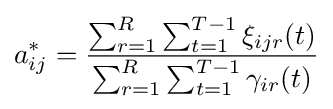
a_{ij}^{*}={\frac {\sum _{r=1}^{R}\sum _{t=1}^{T-1}\xi _{ijr}(t)}{\sum _{r=1}^{R}\sum _{t=1}^{T-1}\gamma _{ir}(t)}}